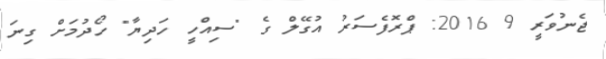
ޖެނުވަރީ 9 2016: ޕްރޮފެސަރު އުގޭލް ގެ "ސިއްހީ ހަދިޔާ" ހޯދުމަށް ގިނަ